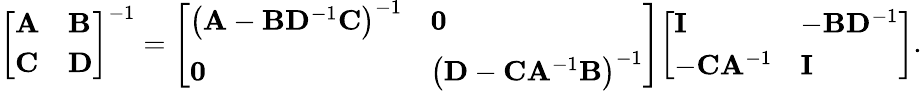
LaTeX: {\left[\begin{array}{ll}{\mathbf{A}}&{\mathbf{B}}\\ {\mathbf{C}}&{\mathbf{D}}\end{array}\right]}^{-1}={\left[\begin{array}{ll}{\left(\mathbf{A}-\mathbf{B}\mathbf{D}^{-1}\mathbf{C}\right)^{-1}}&{\mathbf{0}}\\ {\mathbf{0}}&{\left(\mathbf{D}-\mathbf{C}\mathbf{A}^{-1}\mathbf{B}\right)^{-1}}\end{array}\right]}{\left[\begin{array}{ll}{\mathbf{I}}&{-\mathbf{B}\mathbf{D}^{-1}}\\ {-\mathbf{C}\mathbf{A}^{-1}}&{\mathbf{I}}\end{array}\right]}.